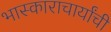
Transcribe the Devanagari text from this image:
भास्काराचार्यांची